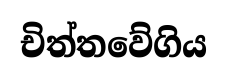
චිත්තවේගිය